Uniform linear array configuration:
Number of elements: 8
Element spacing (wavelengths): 0.75
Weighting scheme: blackman
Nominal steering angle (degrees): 15
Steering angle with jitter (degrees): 13.304
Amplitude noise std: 0.05
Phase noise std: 0.05

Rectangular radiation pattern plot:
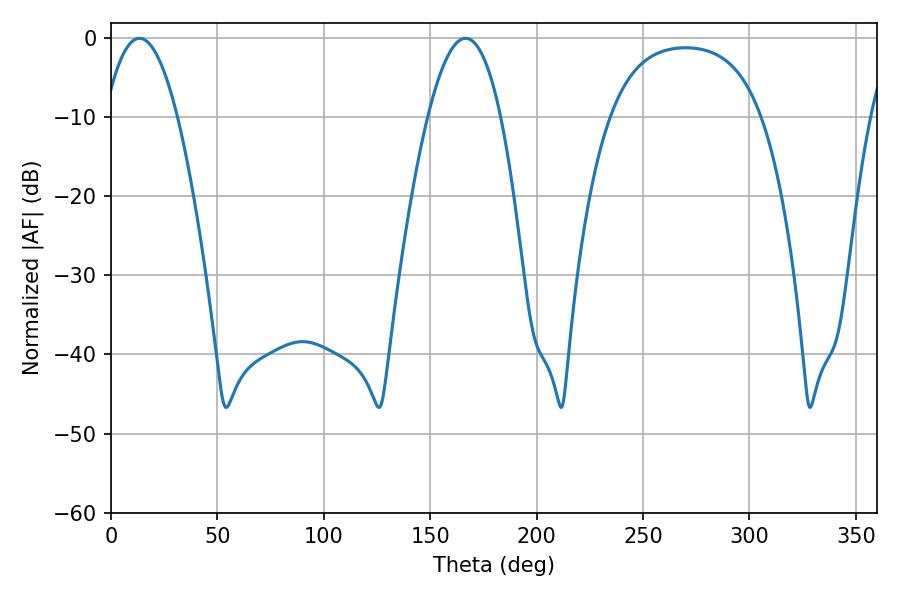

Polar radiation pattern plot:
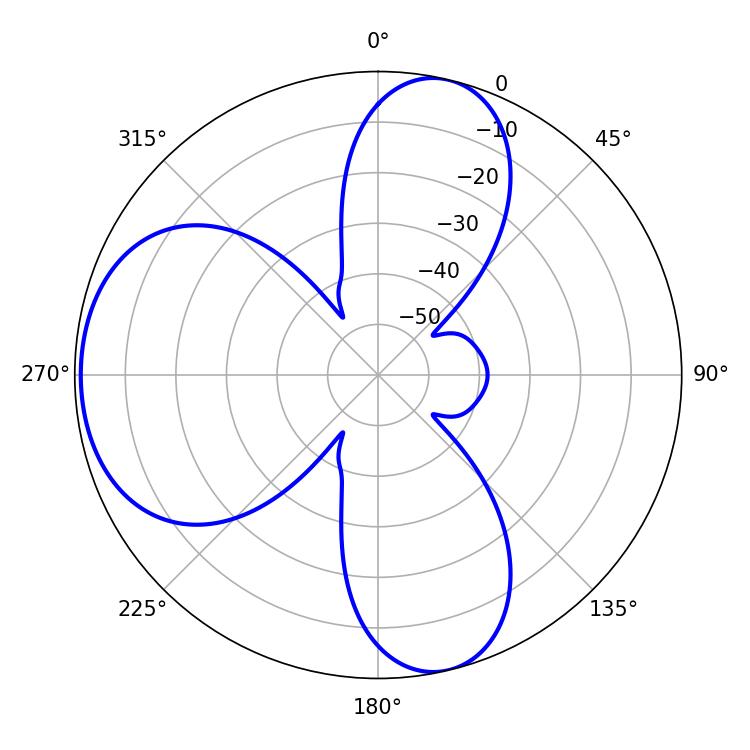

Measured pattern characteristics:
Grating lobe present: TRUE
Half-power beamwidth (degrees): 18.9
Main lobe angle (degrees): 13.32